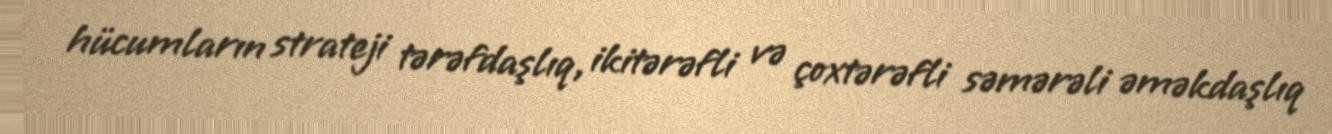
hücumların strateji tərəfdaşlıq, ikitərəfli və çoxtərəfli səmərəli əməkdaşlıq